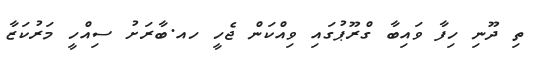
ތި ދޫނި ހިފާ ވައިބާ ގްރޫޕުގައި ވިއްކަން ޖެހީ ހއ.ބާރަށު ސިއްހީ މަރުކަޒާ